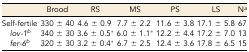
<table><thead><tr><td></td><td><b>Brood</b></td><td><b>RS</b></td><td><b>MS</b></td><td><b>PS</b></td><td><b>LS</b></td><td><b>N<i><sup>a</sup></i></b></td></tr></thead><tbody><tr><td>Self-fertile</td><td>330 ± 40</td><td>4.6 ± 0.9</td><td>7.7 ± 2.2</td><td>11.6 ± 3.8</td><td>17.1 ± 5.8</td><td>67</td></tr><tr><td><i> lov-1</i><i><sup>b</sup></i></td><td>340 ± 30</td><td>3.6 ± 0.5*</td><td>6.0 ± 1.1*</td><td>12.2 ± 4.4</td><td>17.2 ± 7.0</td><td>13</td></tr><tr><td><i> fer-6</i><i><sup>b</sup></i></td><td>320 ± 30</td><td>3.2 ± 0.4*</td><td>6.7 ± 2.5</td><td>12.4 ± 3.6</td><td>17.8 ± 6.5</td><td>15</td></tr></tbody></table>